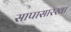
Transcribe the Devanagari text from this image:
सापासारखा